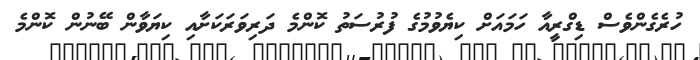
ހުރެގެންވެސް ޑިގްރީއާ ހަމައަށް ކިޔެވުމުގެ ފުރުސަތު ކޮންމެ ދަރިވަރަކަށާއި ކިޔަވާން ބޭނުން ކޮންމެ